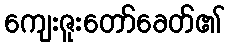
ကျေးဇူးတော်ခေတ်၏